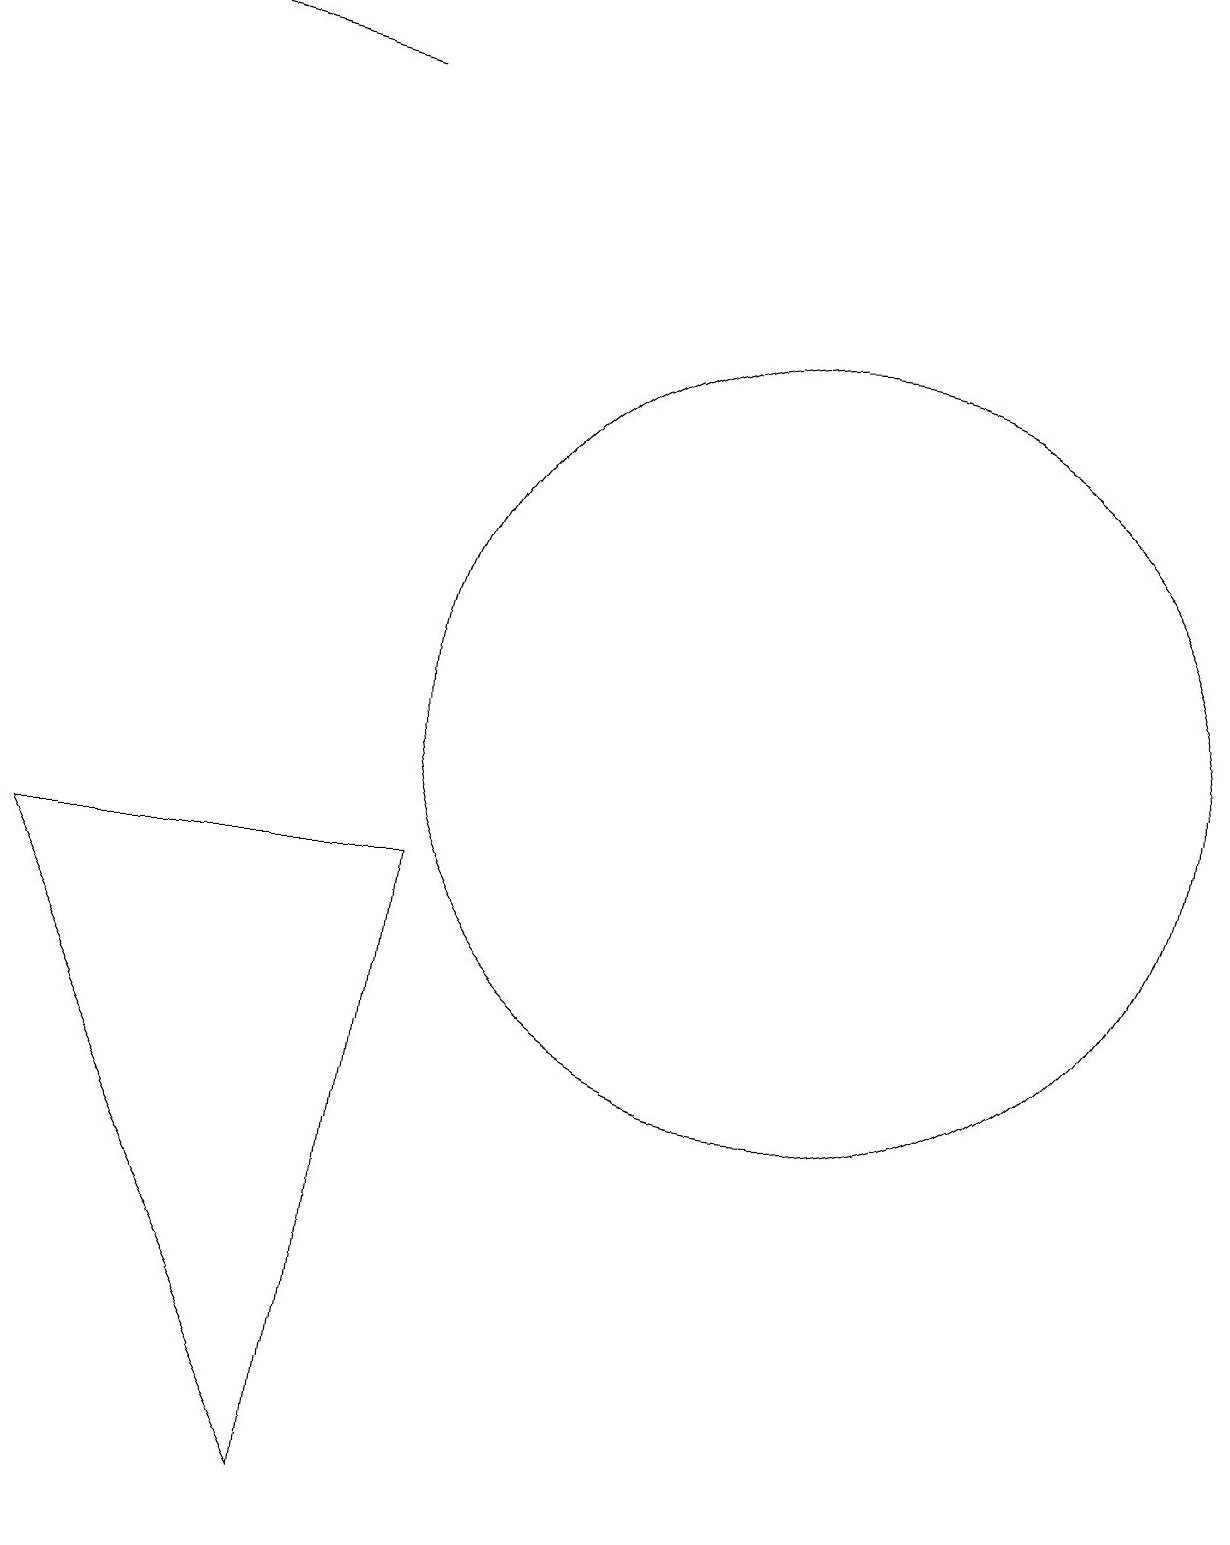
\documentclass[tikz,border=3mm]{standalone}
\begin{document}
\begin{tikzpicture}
\draw[->] (5,18) -- (1,19);
\draw (11,10) circle (5);
\draw (6,8) -- (1,8) -- (5,0) -- cycle;
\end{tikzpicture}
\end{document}